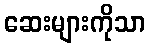
ဆေးများကိုသာ